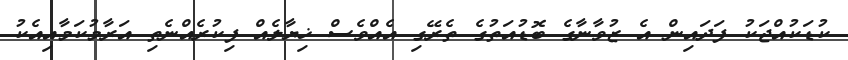
ކުޑަކުއްޖަކު ފަދައިން އެ ޒުވާނާގެ ބޮޑުއަތުގެ ތެރޭގި އެއްވެސް ޚިޔާލެއް ފިކުރެއްނެތި އަރާމުކަމާއިއެކު